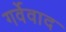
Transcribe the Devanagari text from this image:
गर्वेवाद